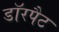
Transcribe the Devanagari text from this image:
डॉरपैट